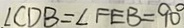
\angle C D B = \angle F E B = 9 0 ^ { \circ }